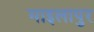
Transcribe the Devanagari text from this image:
माइलापुर